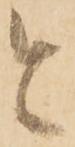
と